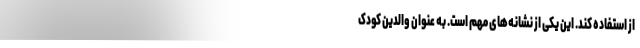
از استفاده کند. این یکی از نشانه‌های مهم است. به عنوان والدین کودک